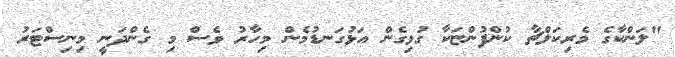
"ލަންކާގެ މެރިކަލްޗާ ކުންފުންޏަކާ ގުޅިގެން އަޅުގަނޑުމެން މިހާރު ވެސް މި ގެންދަނީ މިނިސްޓަރު